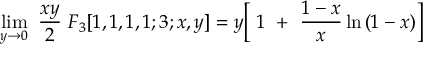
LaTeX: \operatorname * { l i m } _ { y { \rightarrow } 0 } \ \frac { x y } { 2 } \ F _ { 3 } [ 1 , 1 , 1 , 1 ; 3 ; x , y ] = y \biggl [ \ 1 \ + \ \frac { 1 - x } { x } \ln { ( 1 - x ) } \biggr ]